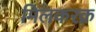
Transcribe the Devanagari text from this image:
मिलकरक़